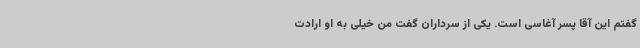
گفتم این آقا پسر آغاسی است. یکی از سرداران گفت من خیلی به او ارادت